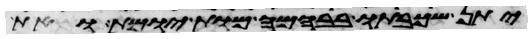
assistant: יתן שכבתו בבהמה מות יומת ואת